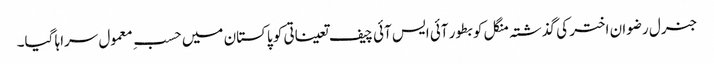
جنرل رضوان اختر کی گذشتہ منگل کو بطور آئی ایس آئی چیف تعیناتی کو پاکستان میں حسبِ معمول سراہا گیا۔